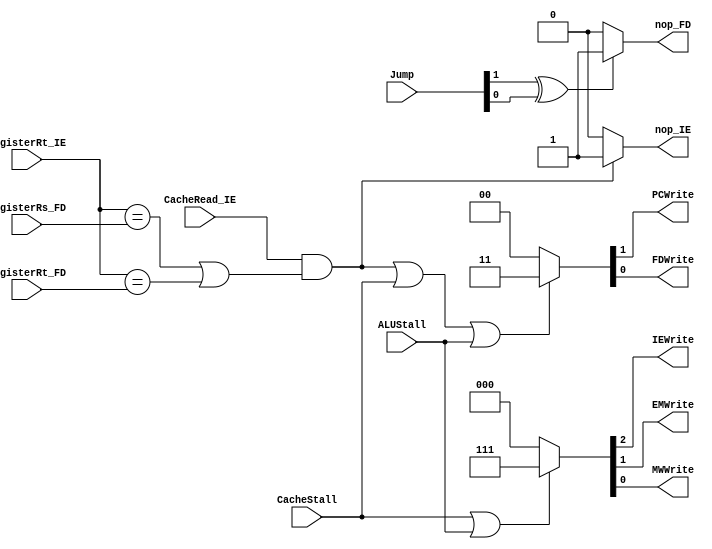
module hazard (
	input  [1:0] Jump,
	input  		 CacheRead_IE,  //ID/EX.CacheRead
	input		 CacheStall,	//stall from cache
	input		 ALUStall,		//stall from ALU when mult/div
	input  [4:0] RegisterRs_FD, //instruction[25:21] (RsD)
	input  [4:0] RegisterRt_FD, //instruction[20:16] (RtD)
	input  [4:0] RegisterRt_IE, //(RtE)
	output 		 PCWrite, //stall PC
	output 		 FDWrite, //IF/DWrite (StallD)
	output		 IEWrite, //stall ID/EX
	output		 EMWrite, //stall EX/MEM
	output		 MWWrite, //stall MEM/WB
	output 		 nop_IE,  //flush ID/EX when load-use hazard
	output		 nop_FD   //flush IF/ID when j, jr, jal, jalr
);

assign {PCWrite, FDWrite} = (CacheRead_IE & ((RegisterRt_IE == RegisterRs_FD) | (RegisterRt_IE == RegisterRt_FD)) | CacheStall | ALUStall) ? 2'b11 : 2'b00;
assign {IEWrite, EMWrite, MWWrite} = (CacheStall | ALUStall) ? 3'b111 : 3'b000;
assign nop_IE  = (CacheRead_IE & ((RegisterRt_IE == RegisterRs_FD) | (RegisterRt_IE == RegisterRt_FD))) ? 1'b1 : 1'b0;
assign nop_FD  = (Jump[1] ^ Jump[0]) ? 1'b1 : 1'b0;

endmodule